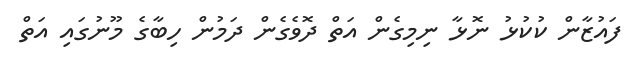
ފައުޒާން ކުކުޅު ނޮޅާ ނިމިގެން އަތް ދޮވެގެން ދަމުން ހިބާގެ މޫނުގައި އަތް